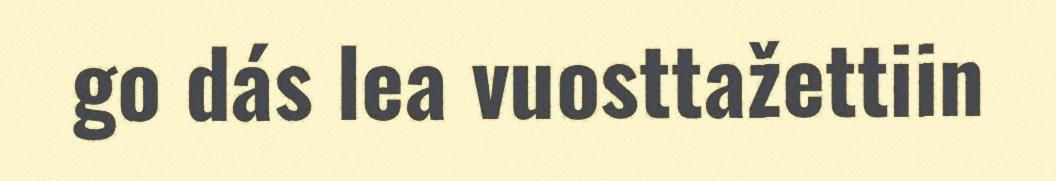
go dás lea vuosttažettiin